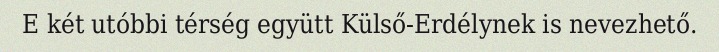
E két utóbbi térség együtt Külső-Erdélynek is nevezhető.